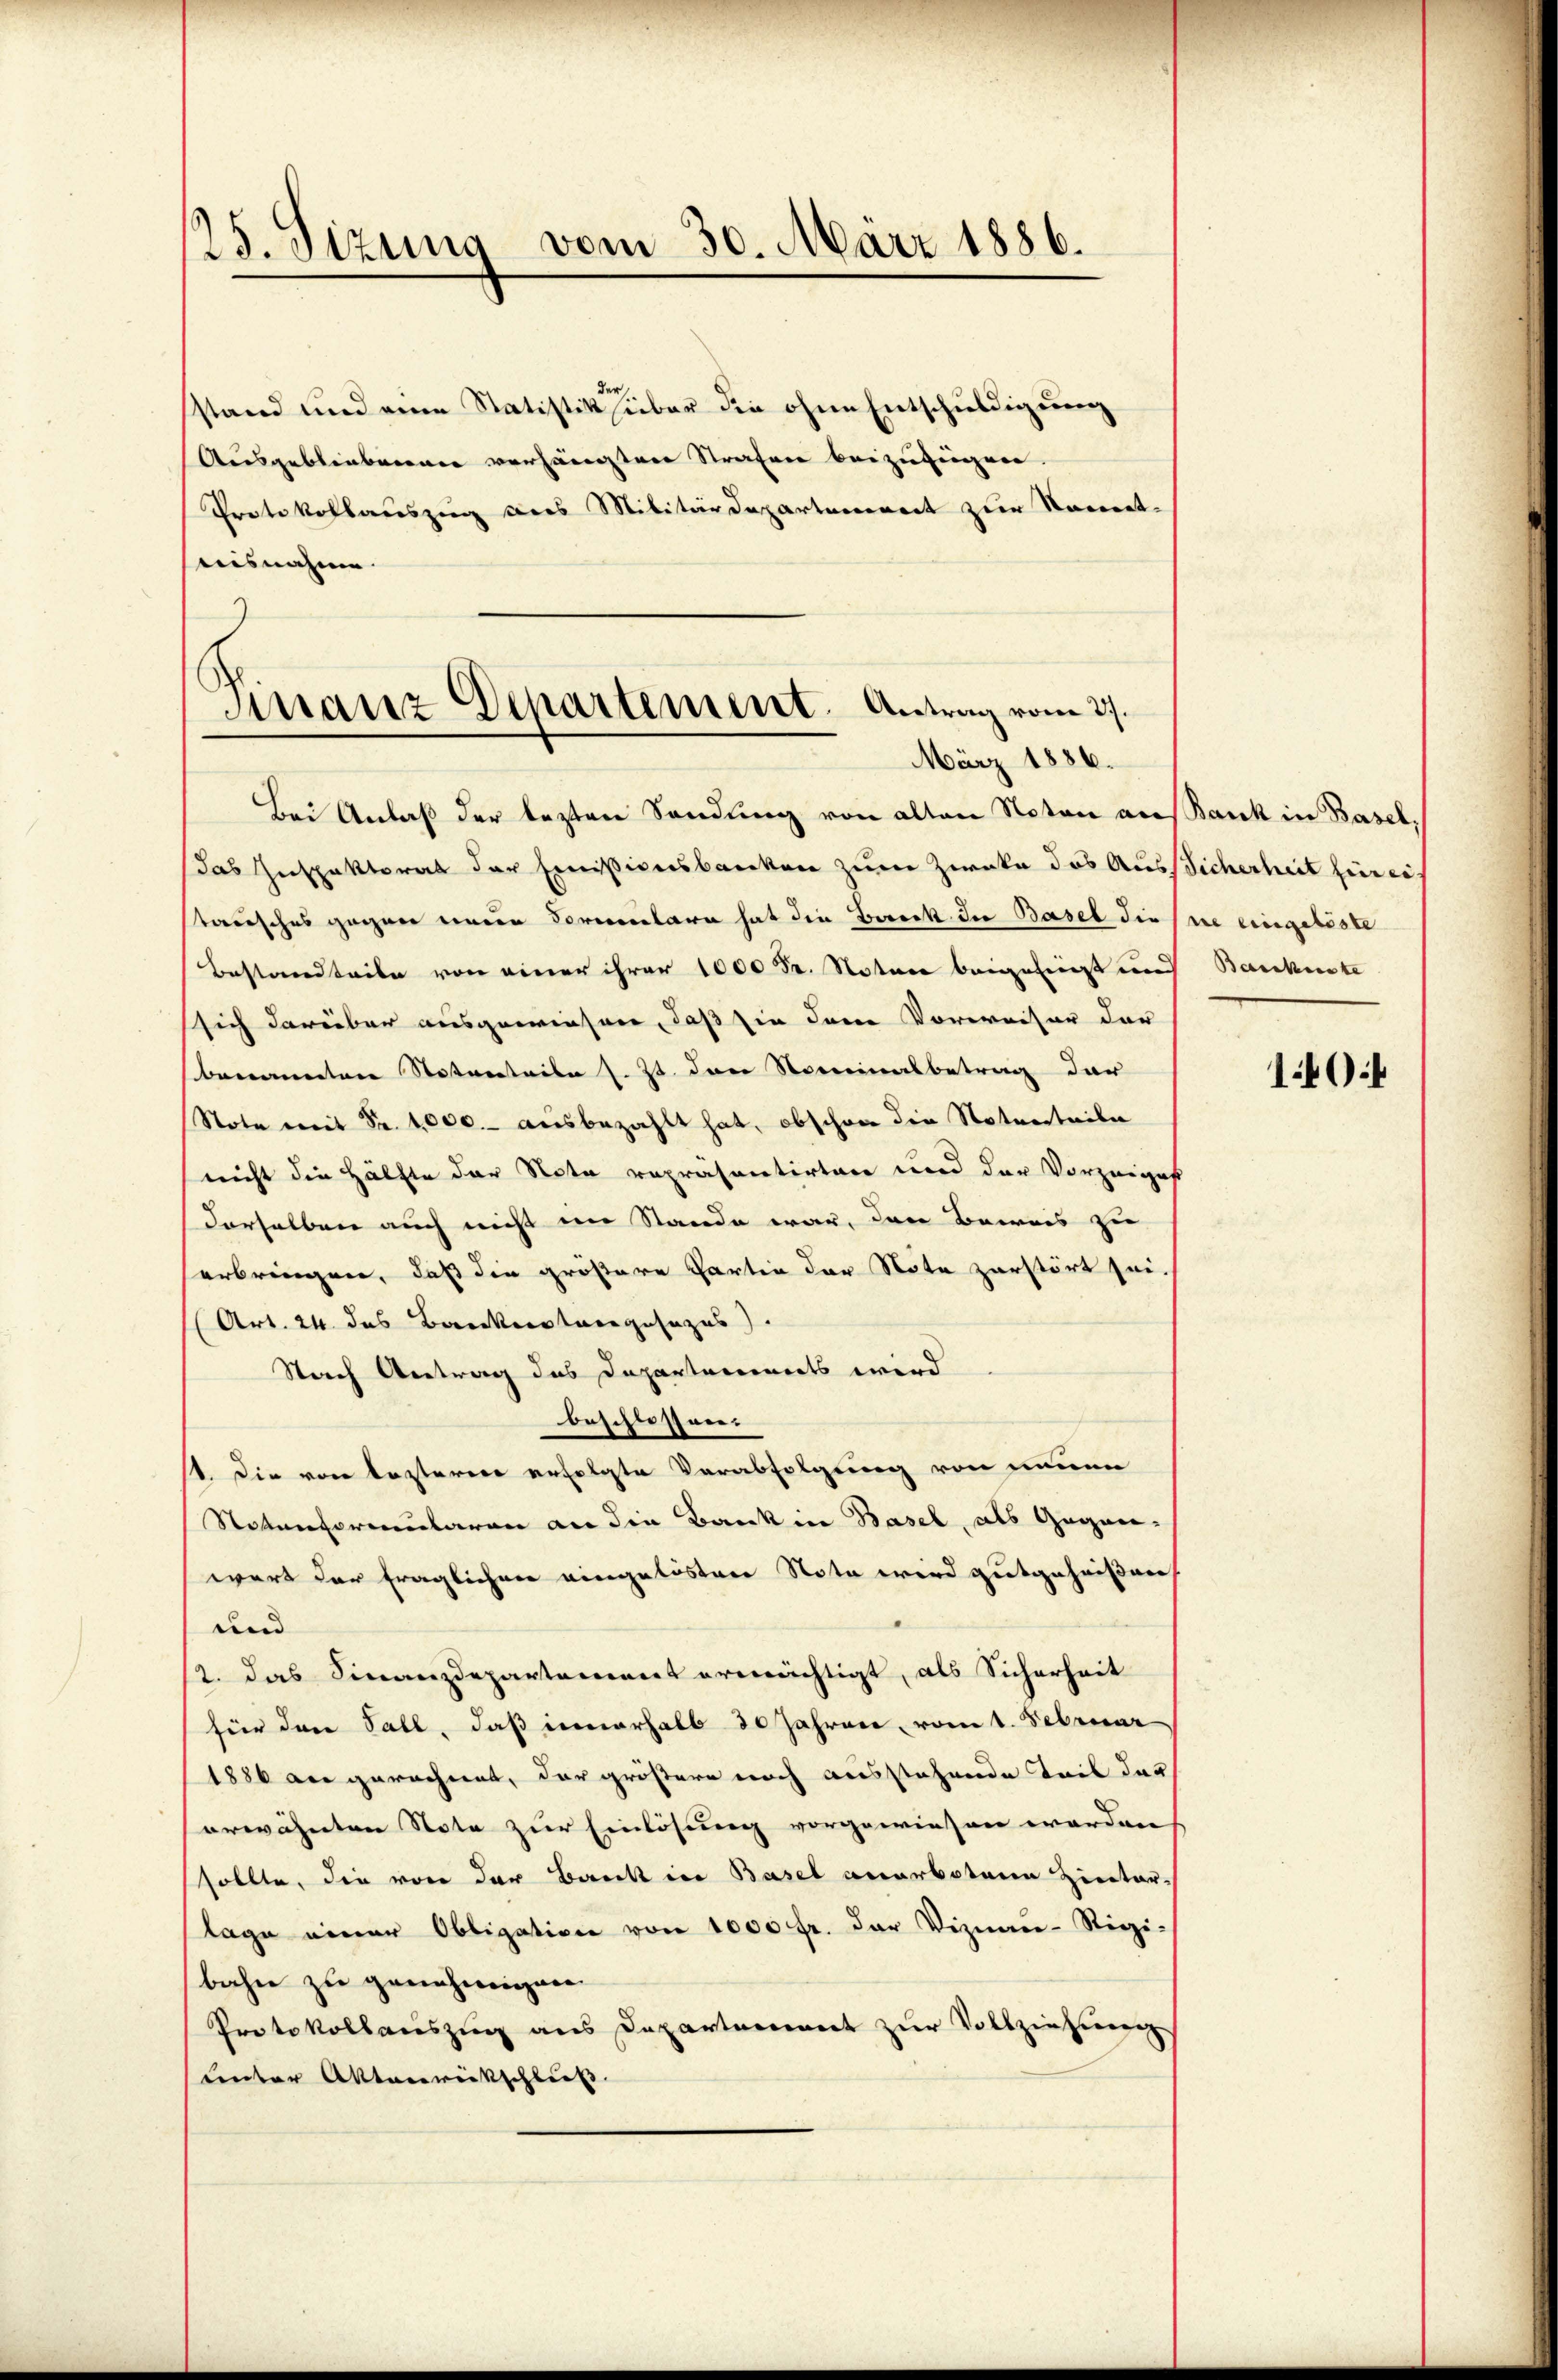
25. Sizung vom 30. März 1886.

stand und eine Statistik über die ohne Entschuldigung
Ausgeblieberner verhängten Strafen beizufügen.
Protokollauszug aus Militärdepartemereit zur Nament-
Maisnahme.

Finanz Departement. Antrag vom 27.
März 1886.

Bei Anlaß der lezten Sendung von alten Noten aus Bank in Basel
das Inspektorat der Emissionsbarken zum Zwecke das Aussicherheit hinreitausches gegen eine Soreclara hat die Bereck in Basel die sie eingelöste
Bestandteile von einer ihrer 1000 Fr. Notare beigefiigt und Bankiste
sich darüber ausgewiesen, daß sie dene Vorweiser der
benannten Naturteile s. Zt. dann Nominalbetrag dar
Note mit Fr. 1000.- ausbezahlt hat, obschwer die Noturteile
nicht die Hälfte der Note repräsentirten und der Vorzeiges
derselben auch nicht im Stande war, den Beweis zur
erbringen, daß die größere Partin der Nöte zerstört sei.
(Art. 24. das Bankerstrengesezes).
Stach Antrag des Departereinerts wird
beschlossen.
1. Die von lezterer erfolgte Verabfolgung von neuen
Notenformularen an die Bank in Basel, als Gegen-
wert der fraglichen eingelöstere Note wird gutgeheißen
und
12. das Finanzdepartement ermächtigt, als Sicherheit
für den Fall, daß innerhalb 30 Jahren, vom 1. Februar
1886 der gerechnet, der größere noch ausstehende Teil der
erwähnten Note zur Einlösung vorgewiesen worden,
sollte, die von der Bank in Basel anerbotene Hinter-
lage einer Obligation von 1000 fr. der Viznau-Rigi-
bahn zu genehmigen.
Protokollauszug aus Departement zur Vollzinserenz
unter Aktenrückschluß

140: